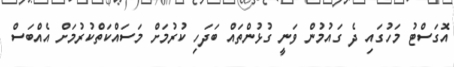
އޮގަސްޓު މަހުގައި ދެ ގައުމުން ވަނީ ގުޅުންތައް ބަދަހި ކުރުމަށް މަސައްކަތްކުރުމަށް އެއްބަސް